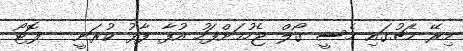
މިރޭ މެޗުގައި މެސީ ގޯލް ޖެހުމަށްފަހު އުފާ ފާޅު ކުރަނީ - ފޮޓޯ